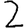
Digit: 2